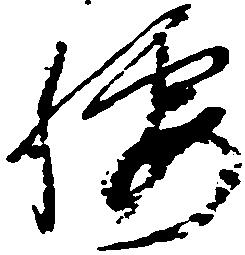
腰